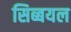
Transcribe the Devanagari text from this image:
सिब्बयल